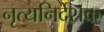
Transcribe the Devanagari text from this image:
नृत्यनिर्देशक